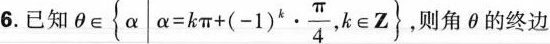
6.已知 \theta \in \left\{ \alpha | \alpha =k \pi +(-1)^{k}\cdot \frac{\pi}{4},k \in Z\right\}, 则角θ的终边